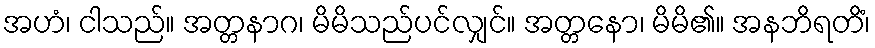
အဟံ၊ ငါသည်။ အတ္တနာဂ၊ မိမိသည်ပင်လျှင်။ အတ္တနော၊ မိမိ၏။ အနဘိရတိံ၊